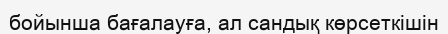
бойынша бағалауға, ал сандық көрсеткішін